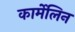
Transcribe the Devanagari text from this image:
कार्मेलिन